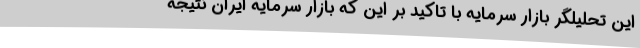
این تحلیلگر بازار سرمایه با تاکید بر این که بازار سرمایه ایران نتیجه